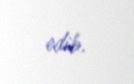
edib.